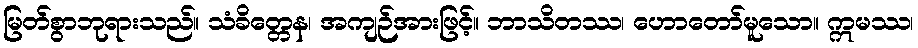
မြတ်စွာဘုရားသည်။ သံခိတ္တေန၊ အကျဉ်အားဖြင့်။ ဘာသိတဿ၊ ဟောတော်မူသော။ ဣမဿ၊